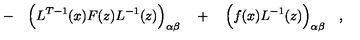
\qquad - \quad \Bigl ( L ^ { T - 1 } ( x ) F ( z ) L ^ { - 1 } ( z ) \Bigr ) _ { \alpha \beta } \quad + \quad \Bigl ( f ( x ) L ^ { - 1 } ( z ) \Bigr ) _ { \alpha \beta } \quad ,